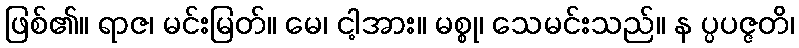
ဖြစ်၏။ ရာဇ၊ မင်းမြတ်။ မေ၊ ငါ့အား။ မစ္စု၊ သေမင်းသည်။ န ပ္ပပဇ္ဇတိ၊